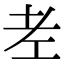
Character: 𦒳